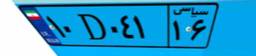
۱۰D۰۴۱۱۶